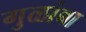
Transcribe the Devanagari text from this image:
गुळांबा